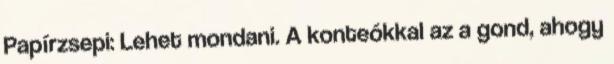
Papírzsepi: Lehet mondani. A konteókkal az a gond, ahogy